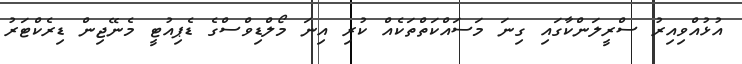
އުޅުއްވިއިރު ސްރީލަންކާގައި ގިނަ މަސައްކަތްތަކެއް ކުރި އިނަ މޯލްޑިވްސްގެ ޑެޕިއުޓީ މެނޭޖިން ޑިރެކްޓަރު